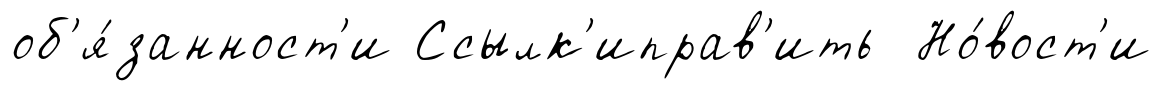
об'я́занност'и Ссылк'иправ'ить Но́вост'и